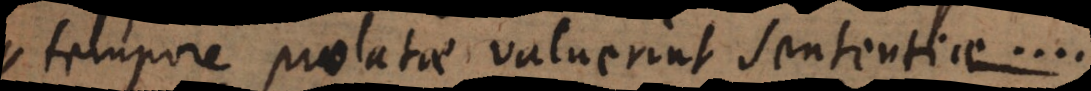
tempore prolatae valuerint sententiae...